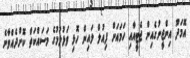
އޮމަދޫ އިންޖީނުގެއިން ޖެޓީއާއި ހަމައަށް ފިއުލް ލައިން ހޮޅި ވަޅުލުމުގެ މަސައްކަތް ކޮށްދެއްވާނެ